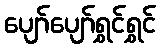
ပျော်ပျော်ရွှင်ရွှင်